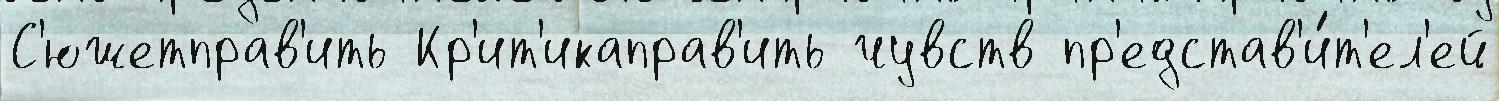
С'южетправ'ить Кр'ит'икаправ'ить чувств пр'едстав'и́т'ел'ей